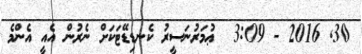
30